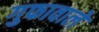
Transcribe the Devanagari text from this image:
गुफावाले